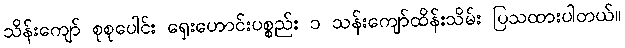
သိန်းကျော် စုစုပေါင်း ရှေးဟောင်းပစ္စည်း ၁ သန်းကျော်ထိန်းသိမ်း ပြသထားပါတယ်။